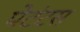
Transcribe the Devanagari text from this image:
पेटंटस